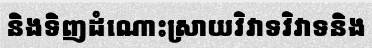
និងទិញដំណោះស្រាយវិវាទវិវាទនិង